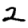
Digit: 2